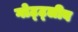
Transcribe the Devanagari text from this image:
गोट्ट्लीब